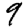
Digit: 9